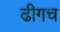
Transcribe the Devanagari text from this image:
ढीगच